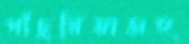
পাঁচুরিয়াসহ